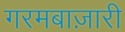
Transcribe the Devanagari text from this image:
गरमबाज़ारी